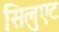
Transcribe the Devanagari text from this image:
सिलुएट